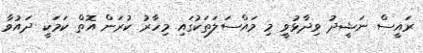
ރައީސް ނަޝީދު ވިދާޅުވީ މި މައްސަލަތަކުގައި މިހާރު ކުރަން އޮތް ކަމަކީ ދައުވާ